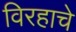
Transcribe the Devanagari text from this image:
विरहाचे